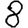
Digit: 8